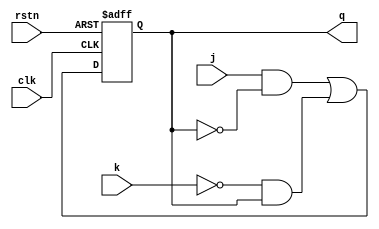
module jk_ff	  (input j,
						input k,
						input rstn,
						input clk,
						
						output reg q);
			  
always @ (posedge clk or negedge rstn) begin
	
	if (!rstn) begin
		
		q <= 0;
		
	end else begin
	
		q <= (j & ~q) | (~k & q);
		
	end

end

endmodule